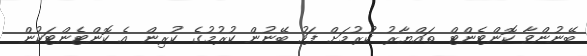
ބޭނުންވާ ކޮންޓެންޓް ތައްޔާރު ކުރުމަށް ފަހު ބޭނުން ކުރުމުގެ ކުރިން އެ ކޮންޓެންޓަކުން